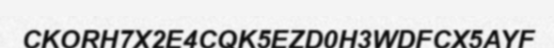
CKORH7X2E4CQK5EZD0H3WDFCX5AYF